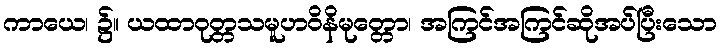
ကာယေ၊ ၌။ ယထာဝုတ္တသမူဟဝိနိမုတ္တော၊ အကြင်အကြင်ဆိုအပ်ပြီးသော